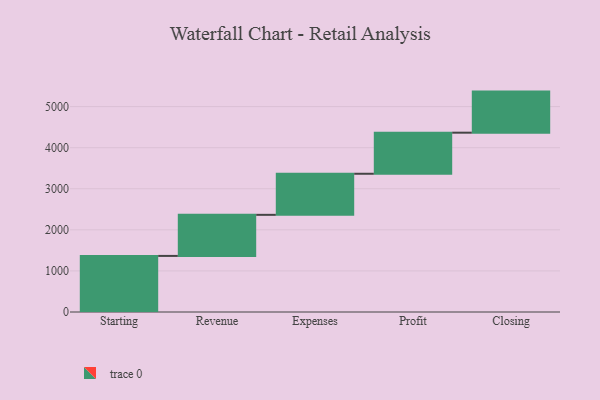
{"axis": {"x": "Step", "y": "Value"}, "legend": [""], "data": [{"x": "Starting", "y": 1365.0, "type": ""}, {"x": "Revenue", "y": 1000, "type": ""}, {"x": "Expenses", "y": 1000, "type": ""}, {"x": "Profit", "y": 1000, "type": ""}, {"x": "Closing", "y": 1000, "type": ""}]}